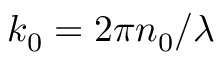
k _ { 0 } = 2 \pi n _ { 0 } / \lambda